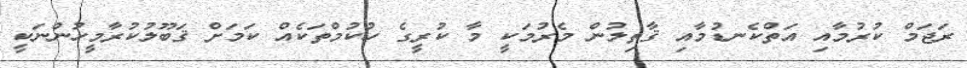
ރަޖަމް ކުރުމާއި އަތްކެނޑުމާއި ޤާތިލުން މެރުމަކީ މާ ކުރީގެ ހުކުމްތަކެއް ކަމަށް ޤަބޫލުކުރާމީހުންނަކީ